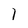
Character: 1